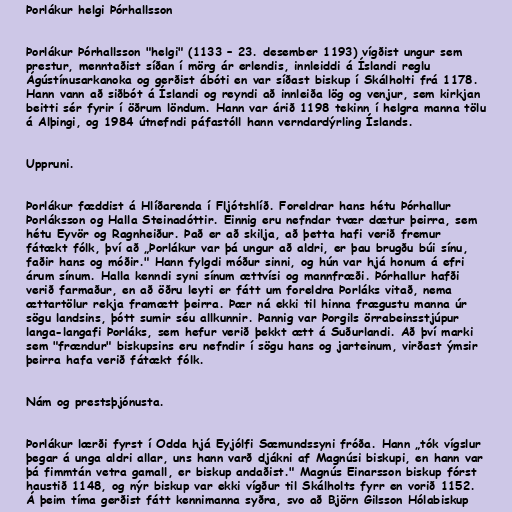
Þorlákur helgi Þórhallsson

Þorlákur Þórhallsson "helgi" (1133 – 23. desember 1193) vígðist ungur sem
prestur, menntaðist síðan í mörg ár erlendis, innleiddi á Íslandi reglu
Ágústínusarkanoka og gerðist ábóti en var síðast biskup í Skálholti frá 1178.
Hann vann að siðbót á Íslandi og reyndi að innleiða lög og venjur, sem kirkjan
beitti sér fyrir í öðrum löndum. Hann var árið 1198 tekinn í helgra manna tölu
á Alþingi, og 1984 útnefndi páfastóll hann verndardýrling Íslands.

Uppruni.

Þorlákur fæddist á Hlíðarenda í Fljótshlíð. Foreldrar hans hétu Þórhallur
Þorláksson og Halla Steinadóttir. Einnig eru nefndar tvær dætur þeirra, sem
hétu Eyvör og Ragnheiður. Það er að skilja, að þetta hafi verið fremur
fátækt fólk, því að „Þorlákur var þá ungur að aldri, er þau brugðu búi sínu,
faðir hans og móðir." Hann fylgdi móður sinni, og hún var hjá honum á efri
árum sínum. Halla kenndi syni sínum ættvísi og mannfræði. Þórhallur hafði
verið farmaður, en að öðru leyti er fátt um foreldra Þorláks vitað, nema
ættartölur rekja framætt þeirra. Þær ná ekki til hinna frægustu manna úr
sögu landsins, þótt sumir séu allkunnir. Þannig var Þorgils örrabeinsstjúpur
langa-langafi Þorláks, sem hefur verið þekkt ætt á Suðurlandi. Að því marki
sem "frændur" biskupsins eru nefndir í sögu hans og jarteinum, virðast ýmsir
þeirra hafa verið fátækt fólk.

Nám og prestsþjónusta.

Þorlákur lærði fyrst í Odda hjá Eyjólfi Sæmundssyni fróða. Hann „tók vígslur
þegar á unga aldri allar, uns hann varð djákni af Magnúsi biskupi, en hann var
þá fimmtán vetra gamall, er biskup andaðist." Magnús Einarsson biskup fórst
haustið 1148, og nýr biskup var ekki vígður til Skálholts fyrr en vorið 1152.
Á þeim tíma gerðist fátt kennimanna syðra, svo að Björn Gilsson Hólabiskup